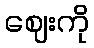
ဈေးကို